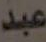
عبد